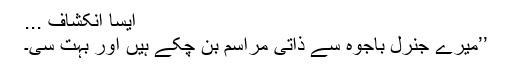
ایسا انکشاف ...
’’میرے جنرل باجوہ سے ذاتی مراسم بن چکے ہیں اور بہت سی۔